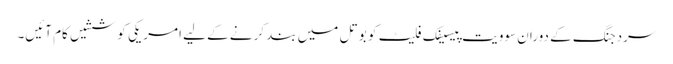
سردجنگ کے دوران سوویت پیسیفک فلیٹ کو بوتل میں بند کرنے کے لیے امریکی کوششیں کام آئیں۔